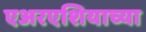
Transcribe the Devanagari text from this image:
एअरएशियाच्या